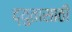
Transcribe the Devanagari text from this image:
द्युतासाठी